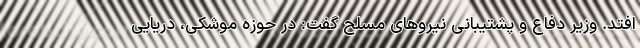
‌افتد. وزیر دفاع و پشتیبانی نیروهای مسلح گفت: در حوزه موشکی، دریایی